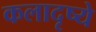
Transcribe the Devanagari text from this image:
कलादृष्ये